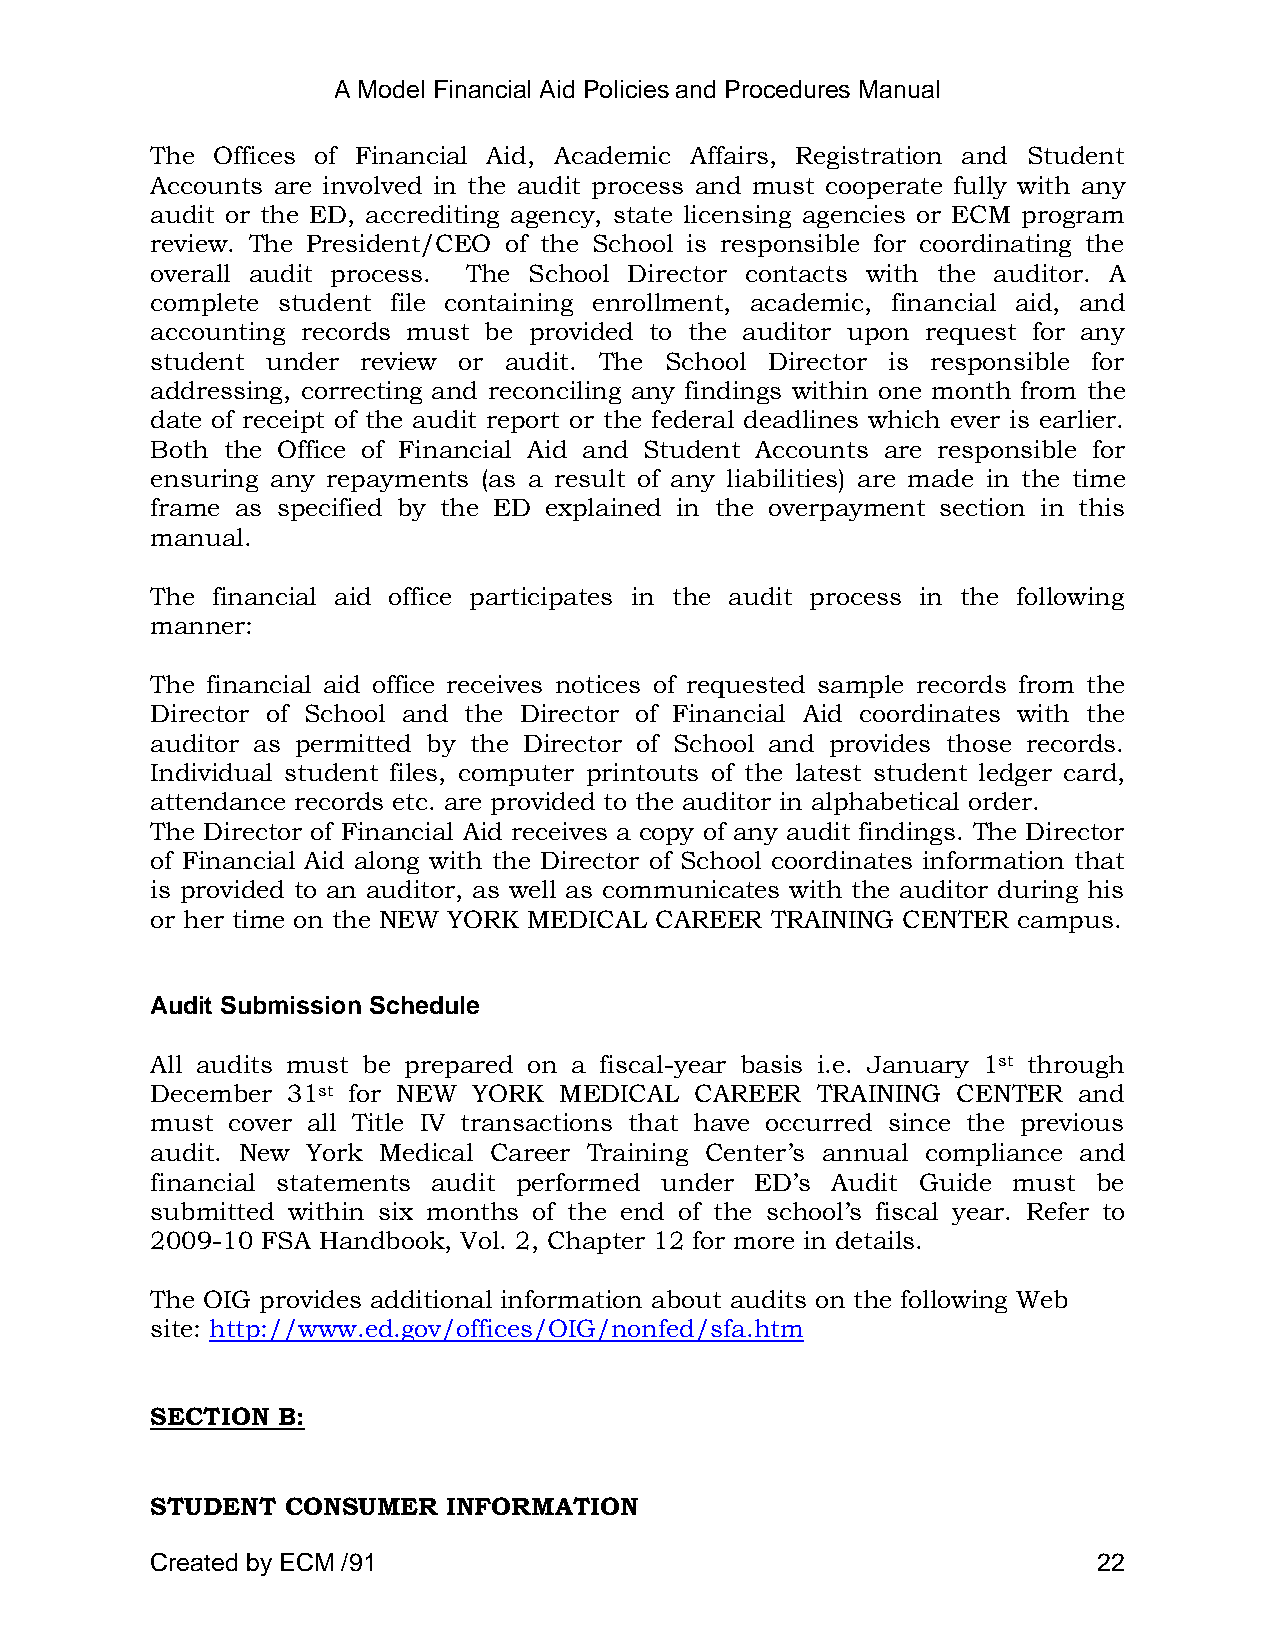
A Model Financial Aid Policies and Procedures Manual
 The Offices of Financial Aid, Academic Affairs, Registration and Student
 Accounts are involved in the audit process and must cooperate fully with any
 audit or the ED, accrediting agency, state licensing agencies or ECM program
 review. The President/CEO of the School is responsible for coordinating the
 overall audit process. The School Director contacts with the auditor. A
 complete student file containing enrollment, academic, financial aid, and
 accounting records must be provided to the auditor upon request for any
 student under review or audit. The School Director is responsible for
 addressing, correcting and reconciling any findings within one month from the
 date of receipt of the audit report or the federal deadlines which ever is earlier.
 Both the Office of Financial Aid and Student Accounts are responsible for
 ensuring any repayments (as a result of any liabilities) are made in the time
 frame as specified by the ED explained in the overpayment section in this
 manual.
 The financial aid office participates in the audit process in the following
 manner:
 The financial aid office receives notices of requested sample records from the
 Director of School and the Director of Financial Aid coordinates with the
 auditor as permitted by the Director of School and provides those records.
 Individual student files, computer printouts of the latest student ledger card,
 attendance records etc. are provided to the auditor in alphabetical order.
 The Director of Financial Aid receives a copy of any audit findings. The Director
 of Financial Aid along with the Director of School coordinates information that
 is provided to an auditor, as well as communicates with the auditor during his
 or her time on the NEW YORK MEDICAL CAREER TRAINING CENTER campus.
 Audit Submission Schedule
 All audits must be prepared on a fiscal-year basis i.e. January 1st through
 December 31st for NEW YORK MEDICAL  CAREER  TRAINING CENTER  and
 must cover all Title IV transactions that have occurred since the previous
 audit. New York Medical Career Training Center‘s annual compliance and
 financial statements audit performed under ED‘s Audit Guide must be
 submitted within six months of the end of the school‘s fiscal year. Refer to
 2009-10 FSA Handbook, Vol. 2, Chapter 12 for more in details.
 The OIG provides additional information about audits on the following Web
 site: http://www.ed.gov/offices/OIG/nonfed/sfa.htm
 SECTION B:
 STUDENT  CONSUMER   INFORMATION
 Created by ECM /91                                             22